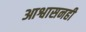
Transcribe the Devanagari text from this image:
आश्वासनही